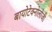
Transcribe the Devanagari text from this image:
बायोटेक्नोलोजी